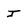
Character: J